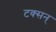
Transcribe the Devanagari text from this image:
टक्सन्